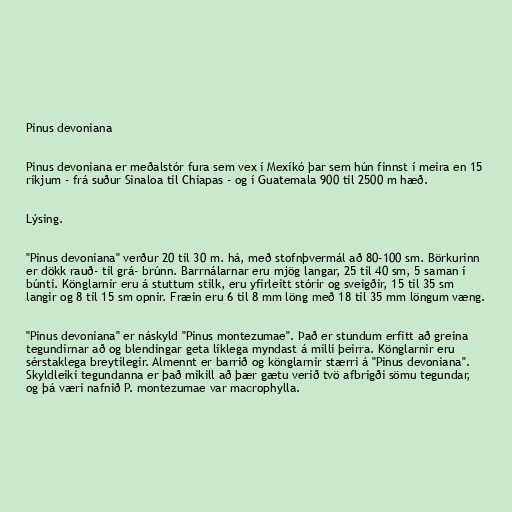
Pinus devoniana

Pinus devoniana er meðalstór fura sem vex í Mexíkó þar sem hún finnst í meira en 15
ríkjum - frá suður Sinaloa til Chiapas - og í Guatemala 900 til 2500 m hæð.

Lýsing.

"Pinus devoniana" verður 20 til 30 m. há, með stofnþvermál að 80–100 sm. Börkurinn
er dökk rauð- til grá- brúnn. Barrnálarnar eru mjög langar, 25 til 40 sm, 5 saman í
búnti. Könglarnir eru á stuttum stilk, eru yfirleitt stórir og sveigðir, 15 til 35 sm
langir og 8 til 15 sm opnir. Fræin eru 6 til 8 mm löng með 18 til 35 mm löngum væng.

"Pinus devoniana" er náskyld "Pinus montezumae". Það er stundum erfitt að greina
tegundirnar að og blendingar geta líklega myndast á milli þeirra. Könglarnir eru
sérstaklega breytilegir. Almennt er barrið og könglarnir stærri á "Pinus devoniana".
Skyldleiki tegundanna er það mikill að þær gætu verið tvö afbrigði sömu tegundar,
og þá væri nafnið P. montezumae var macrophylla.